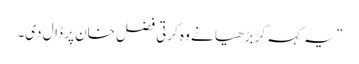
” یہ کہہ کر بڑھیا نے وہ کرتی فضل خان پر ڈال دی۔